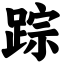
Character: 踪